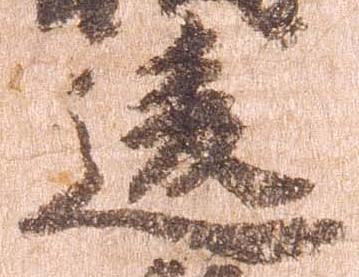
違